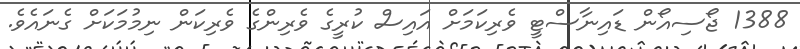
1388 ޖޯސިއޯން ޑައިނާސްޓީ ވެރިކަމަށް އައިސް ކުރީގެ ވެރިންގެ ވެރިކަން ނިމުމަކަށް ގެނައެވެ.